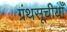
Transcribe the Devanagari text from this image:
ग्रंथसूचीयाँ